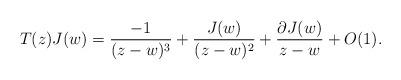
LaTeX: \begin{align*}T(z) J(w) = \frac{-1}{(z-w)^3} + \frac{J(w)}{(z-w)^2} + \frac{\partial J(w)}{z-w} + O(1).\end{align*}